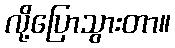
လို့ပြောသွားတာ။